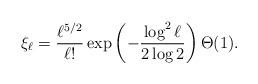
LaTeX: \begin{align*}\xi_\ell = \frac{\ell^{5/2}}{\ell !} \exp\left( -\frac{\log^2\ell}{2\log 2} \right) \Theta(1).\end{align*}